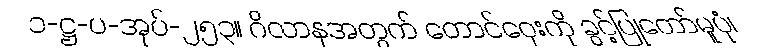
၁-ဋ္ဌ-ပ-အုပ်-၂၅၃။ ဂိလာနအတွက် တောင်ဝှေးကို ခွင့်ပြုတော်မူပုံ၊